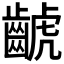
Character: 𪘰